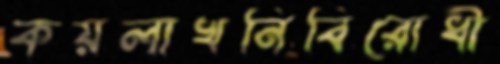
কয়লাখনিবিরোধী